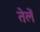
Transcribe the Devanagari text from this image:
तेलें